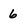
Character: 6